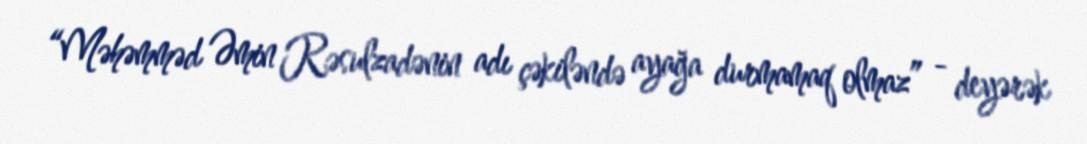
“Məhəmməd Əmin Rəsulzadənin adı çəkiləndə ayağa durmamaq olmaz” - deyərək